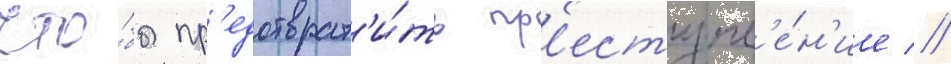
что́бы пр'едотврат'и́ть пр'еступл'е́н'ие //